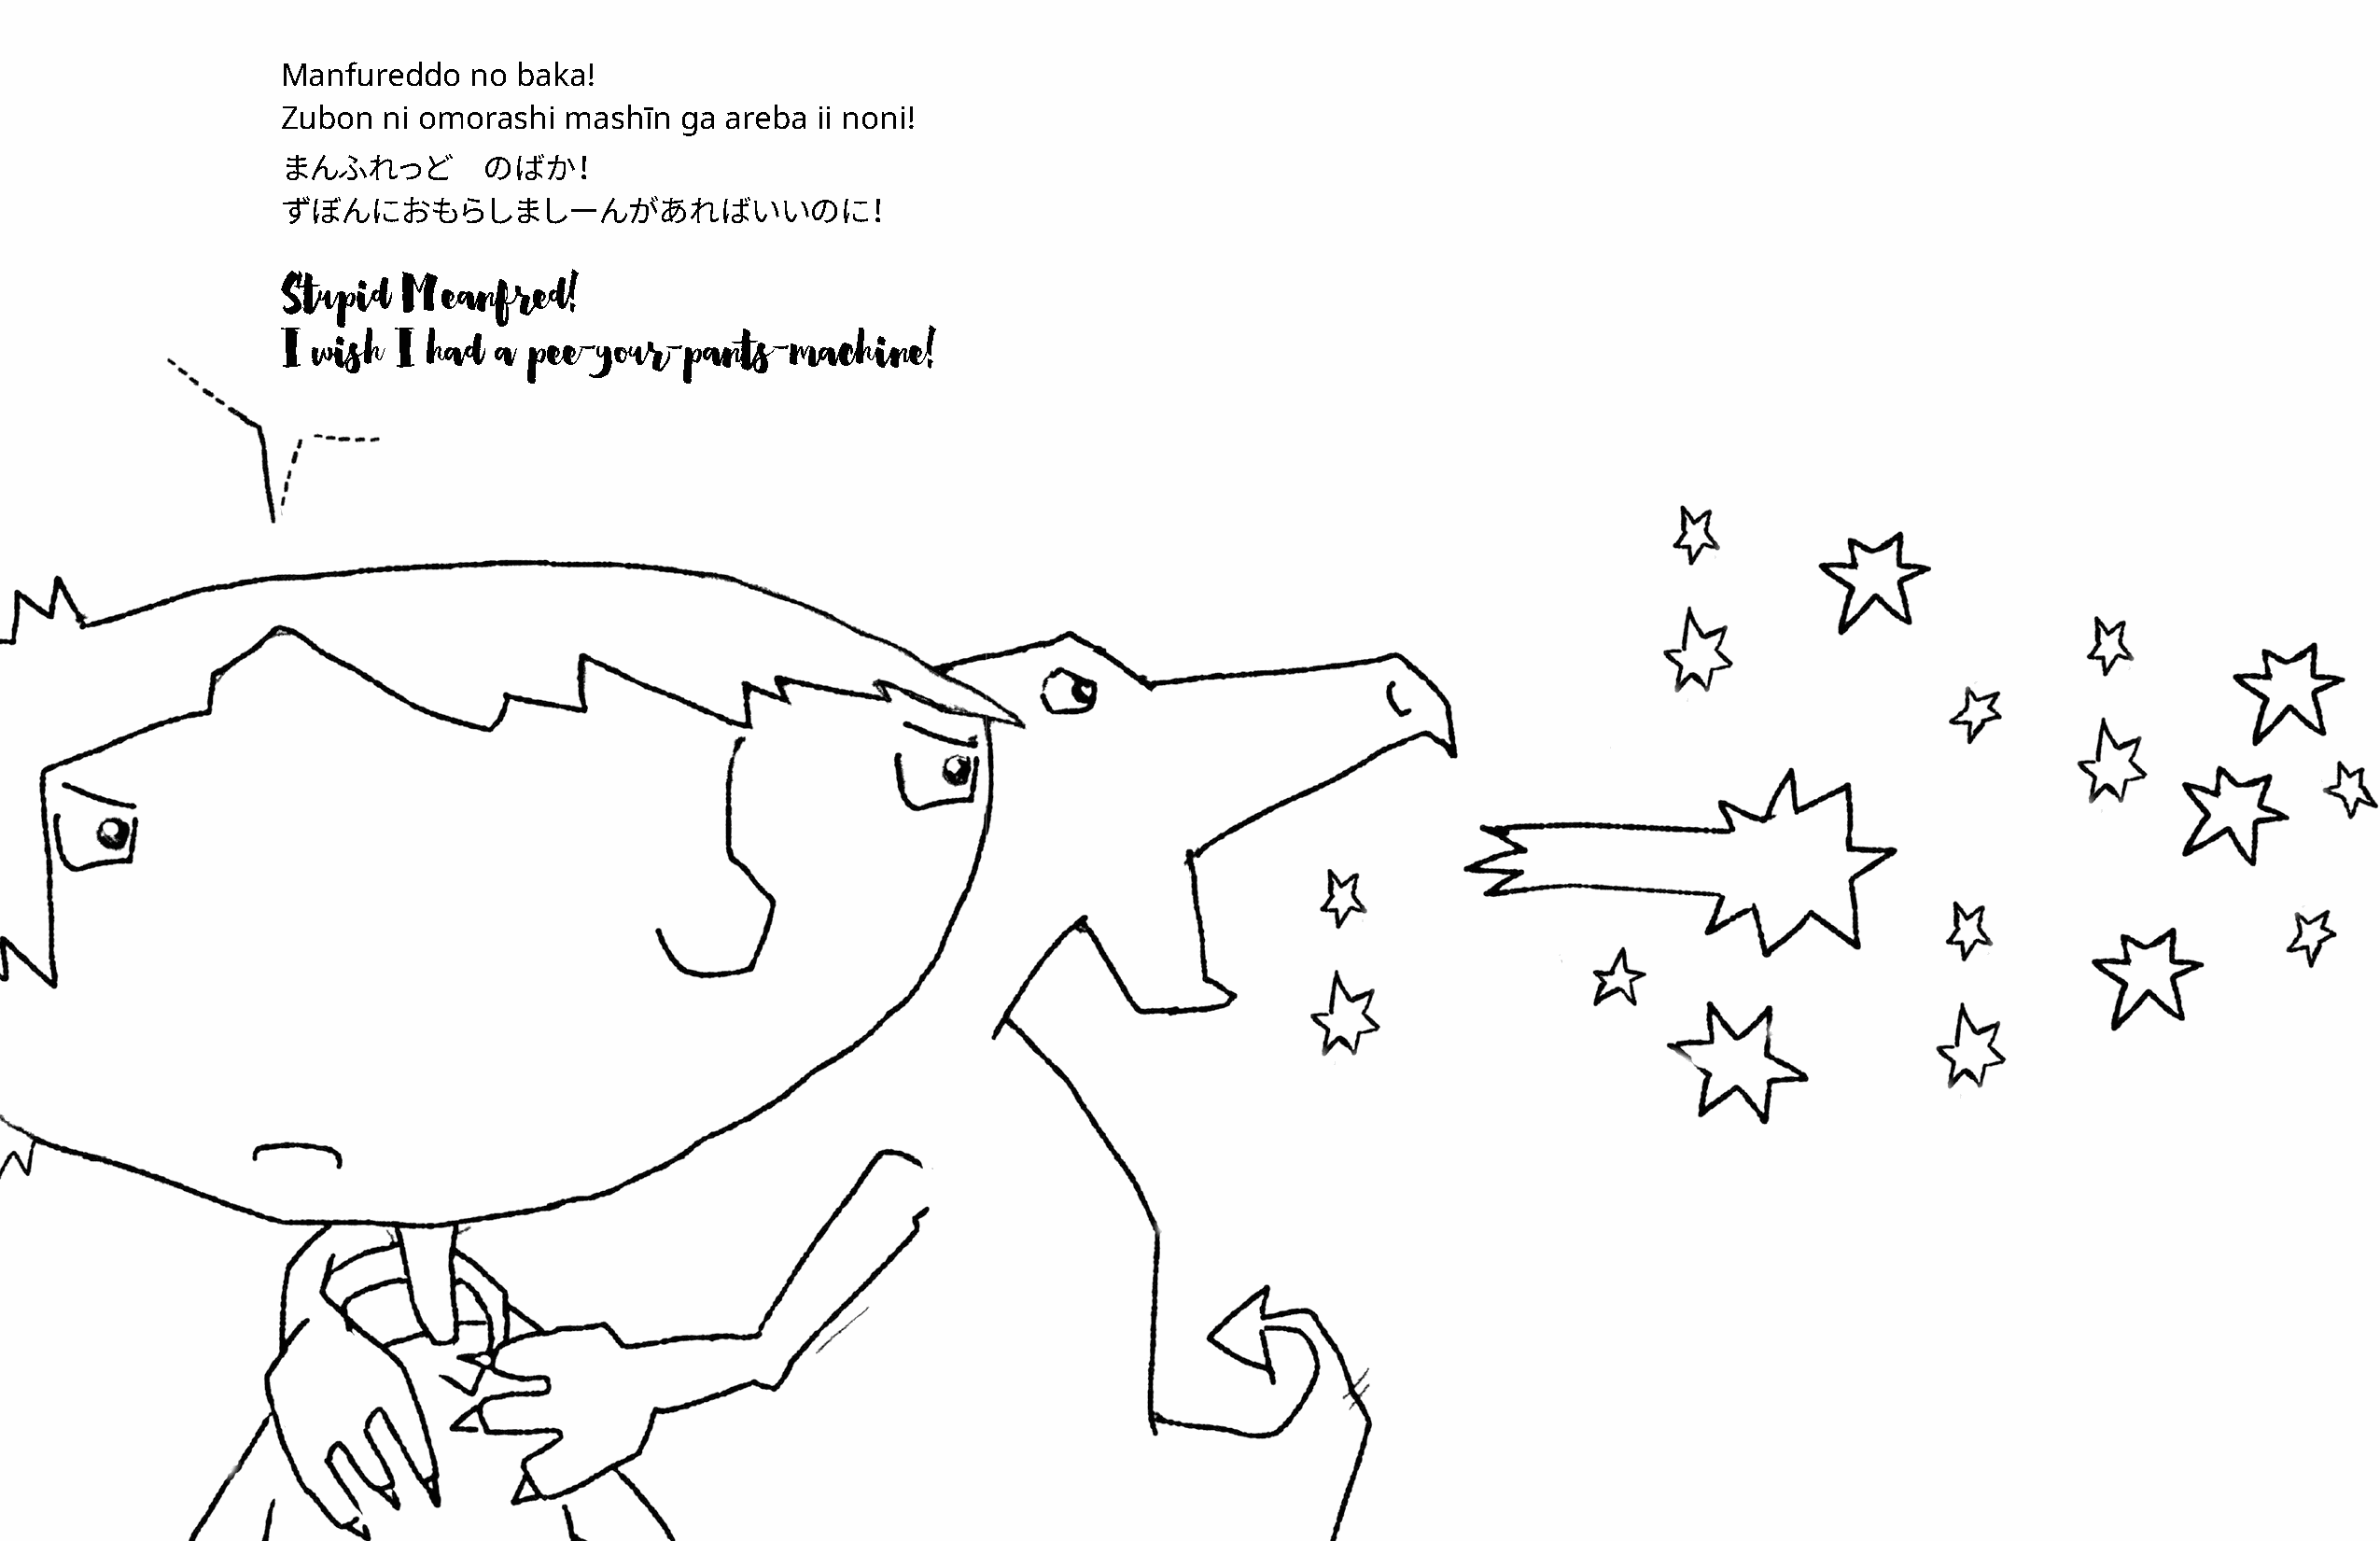
Manfureddo   no  baka!
 Zubon  ni omorashi  mashīn  ga areba  ii noni!
 まんふれっど        のばか！
 ずぼんにおもらしましーんがあればいいのに！
 Stupid   Meanfred!
 I wish  I had  a pee-your-pants-machine!